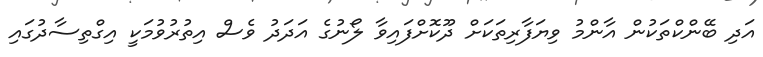
އަދި ބޭންކްތަކުން އާންމު ވިޔަފާރިތަކަށް ދޫކޮށްފައިވާ ލޯނުގެ އަދަދު ވެސް އިތުރުވުމަކީ އިގްތިސާދުގައި